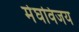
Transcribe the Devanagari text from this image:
मेघविजय